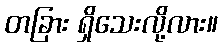
တခြား ရှိသေးလို့လား။